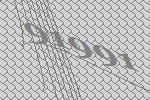
91991